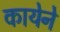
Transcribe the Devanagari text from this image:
कायेने